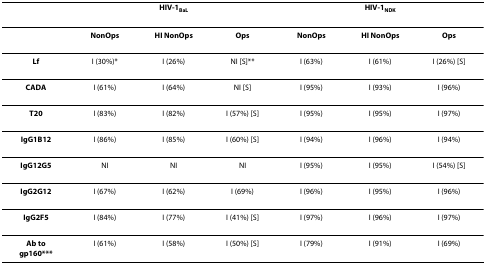
<table><thead><tr><td></td><td colspan="3"><b>HIV-1<sub>BaL</sub></b></td><td colspan="3"><b>HIV-1<sub>NDK</sub></b></td></tr></thead><tbody><tr><td></td><td><b>NonOps</b></td><td><b>HI NonOps</b></td><td><b>Ops</b></td><td><b>NonOps</b></td><td><b>HI NonOps</b></td><td><b>Ops</b></td></tr><tr><td><b>Lf</b></td><td>I (30%)*</td><td>I (26%)</td><td>NI [S]**</td><td>I (63%)</td><td>I (61%)</td><td>I (26%) [S]</td></tr><tr><td><b>CADA</b></td><td>I (61%)</td><td>I (64%)</td><td>NI [S]</td><td>I (95%)</td><td>I (93%)</td><td>I (96%)</td></tr><tr><td><b>T20</b></td><td>I (83%)</td><td>I (82%)</td><td>I (57%) [S]</td><td>I (95%)</td><td>I (95%)</td><td>I (97%)</td></tr><tr><td><b>IgG1B12</b></td><td>I (86%)</td><td>I (85%)</td><td>I (60%) [S]</td><td>I (94%)</td><td>I (96%)</td><td>I (94%)</td></tr><tr><td><b>IgG12G5</b></td><td>NI</td><td>NI</td><td>NI</td><td>I (95%)</td><td>I (95%)</td><td>I (54%) [S]</td></tr><tr><td><b>IgG2G12</b></td><td>I (67%)</td><td>I (62%)</td><td>I (69%)</td><td>I (96%)</td><td>I (95%)</td><td>I (96%)</td></tr><tr><td><b>IgG2F5</b></td><td>I (84%)</td><td>I (77%)</td><td>I (41%) [S]</td><td>I (97%)</td><td>I (96%)</td><td>I (97%)</td></tr><tr><td><b>Ab to gp160***</b></td><td>I (61%)</td><td>I (58%)</td><td>I (50%) [S]</td><td>I (79%)</td><td>I (91%)</td><td>I (69%)</td></tr></tbody></table>